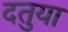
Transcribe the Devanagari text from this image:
दतुया